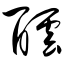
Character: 酝